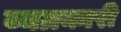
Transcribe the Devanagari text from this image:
व्यग्रकारी